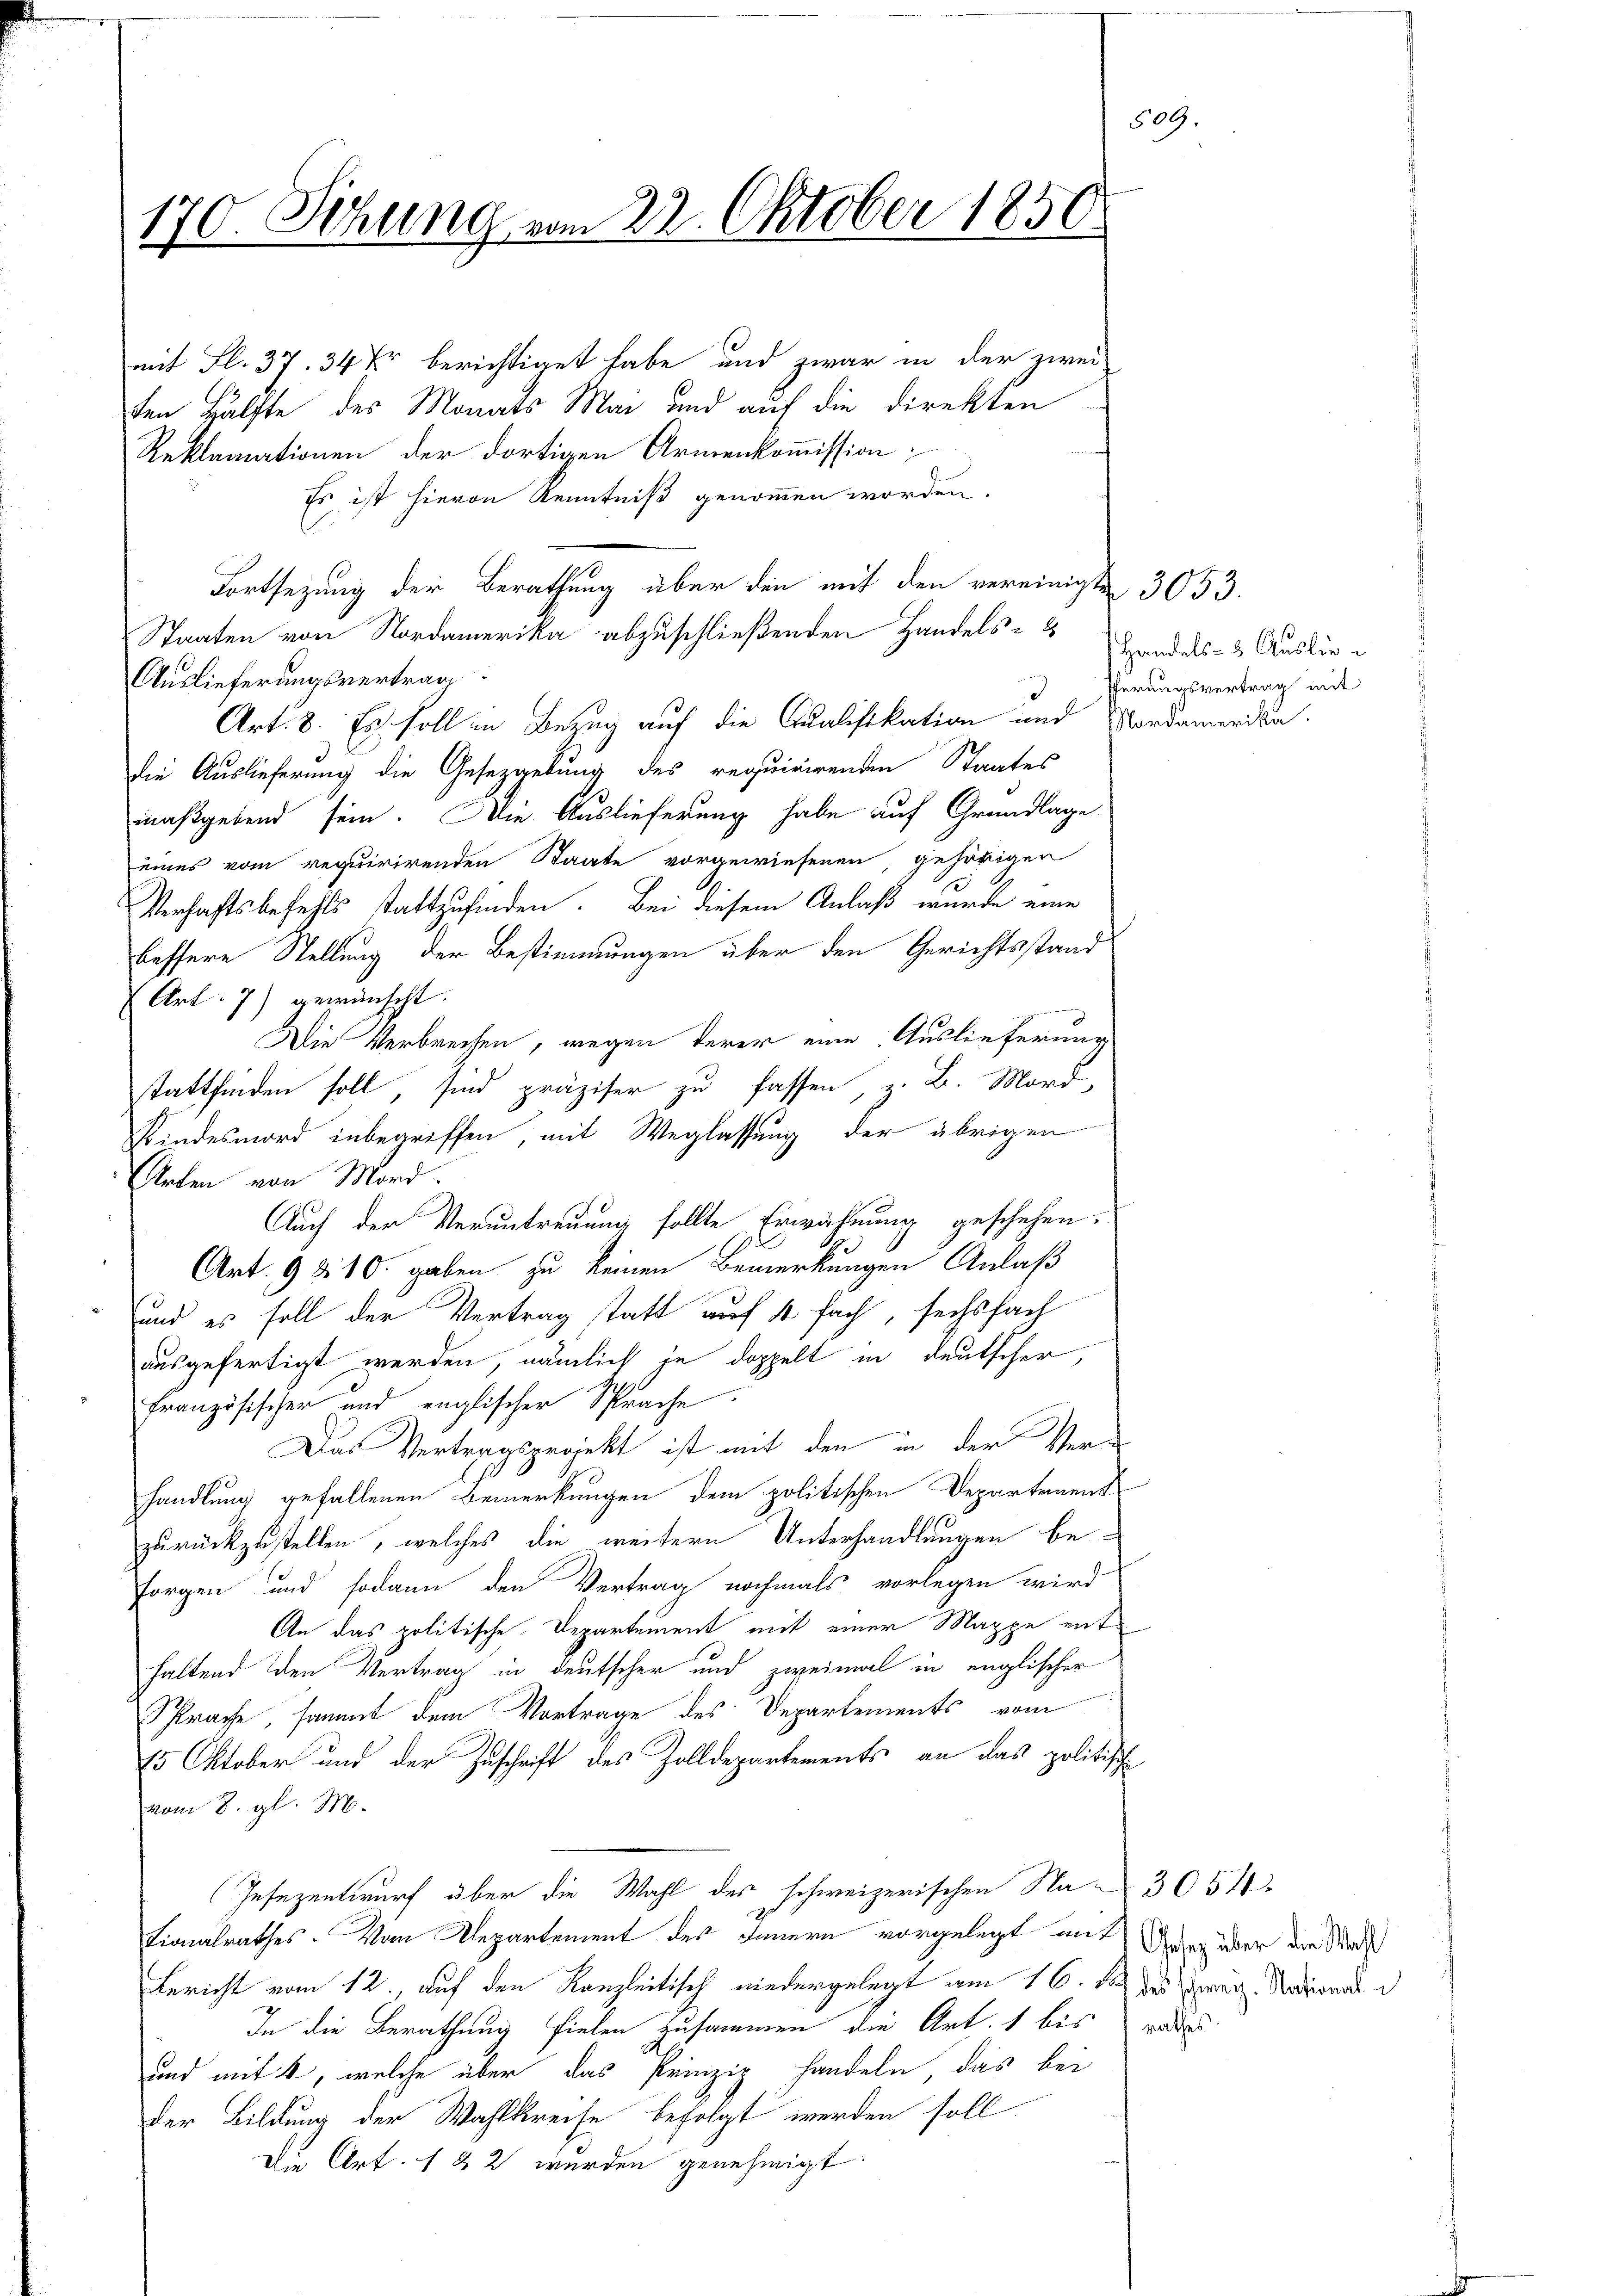
170. Sitzung vom 22. Oktober 1850.

mit Fl. 37. 34 Xr berichtiget habe und zwar in der zwei
ten Hälfte des Monats Mai und auf die direkten
Reklamationen der dortigen Armenkommission
Es ist hievon Kenntniß genommen worden.
Fortsezung der Berathung über den mit den vereinigten 3053.
Staaten von Nordamerika abzuschließenden Handels-
Auslieferungsvertrag
Art. 8. Es soll in Bezug auf die Qualifikation und Nordamerika-
die Auslieferung die Gesetzgebung des requirirenden Staates
maßgebend sein. Die Auslieferung habe auf Grundlage
eines vom requirirenden Staate vorgewiesenen, gehörigen
Verhaftsbefehls stattzufinden. Bei diesem Anlaß wurde eine
bessere Stellung der Bestimmungen über den Gerichtsstand
Art. 7) gewünscht.
.
Die Verbrechen, wegen derer eine Auslieferung
stattfinden soll, sind präziser zu fassen, z. B. Mord,
Kindesmord inbegriffen, mit Weglassung der übrigen
Arten von Mord.
Auch der Veruntreuung sollte Erwähnung geschehen.
Art. 9 & 10. gaben zu keinen Bemerkungen Anlaß
und es soll der Vertrag statt auf 4 fach, sechsfach
ausgefertigt werden, nämlich je doppelt in deutscher,
Französischer und englischer Sprache
Das Vertragsprojekt ist mit den in der Verhandlung gefallenen Bemerkungen dem politischen Departement
zurückzustellen, welches die weitern Unterhandlungen be-
sorgen und sodann den Vertrag nochmals vorlegen wird
An das politische Departement mit einer Mappe enthaltend den Vertrag in deutscher und zweimal in englischer
Sprache, sammt dem Vortrage des Departements vom
15 Oktober und der Zuschrift des Zolldepartements an das politische
vom 8. gl. M.
Gesezentwurf über die Wahl des schweizerischen Na-3051.
Fionalrathes. Von Departement des Innern vorgelegt mit
Bericht vom 12., auf den Kanzleitisch niedergelegt am 16. d. des Seren Nordernde d
In die Berathung fielen zusammen die Art. 1 bis andes
und mit 4, welche über das Prinzip handeln, das bei
der Bildung der Wahlkreise befolgt werden soll
Die Art. 1 & 2 wurden genehmigt.

Handels- & Auslie¬
JPerungsvertrag mit

Gesetz über die Wahl